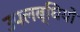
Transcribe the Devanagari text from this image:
उपलब्धियो